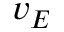
v _ { E }